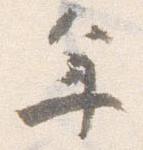
年